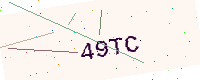
Text: 49TC